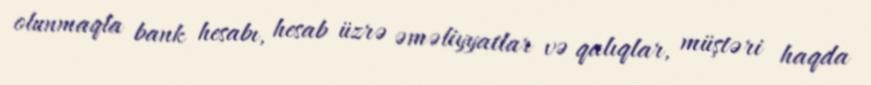
olunmaqla bank hesabı, hesab üzrə əməliyyatlar və qalıqlar, müştəri haqda